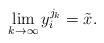
LaTeX: \begin{align*} \lim_{k\to\infty}y_i^{j_k}=\tilde{x}. \end{align*}